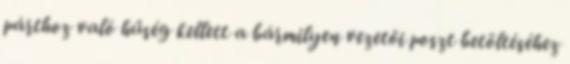
párthoz való hűség kellett a bármilyen vezetői poszt betöltéséhez